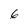
Character: 6